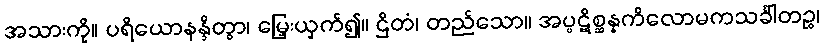
အသားကို။ ပရိယောနန္ဒိတွာ၊ မြှေးယှက်၍။ ဌိတံ၊ တည်သော။ အပ္ပဋိစ္ဆန္နကိလောမကသင်္ခါတဉ္စ၊